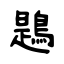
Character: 鶗